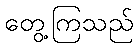
တွေ့ကြသည်